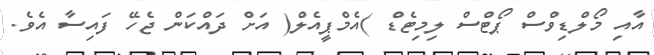
އާއި މޯލްޑިވްސް ޕޯޓްސް ލިމިޓެޑް )އެމްޕީއެލް( އަށް ދައްކަން ޖެހޭ ފައިސާ އެވެ.